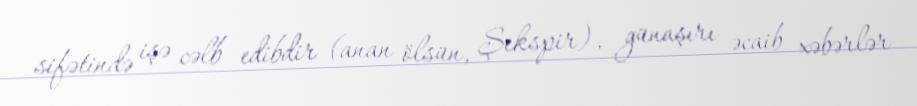
sifətində işə cəlb edibdir (anan ölsün, Şekspir), günaşırı əcaib xəbərlər